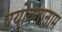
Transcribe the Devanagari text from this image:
प्रयोक्तानाम